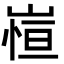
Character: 𭖿